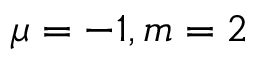
\mu = - 1 , m = 2